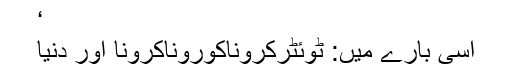
‘
اسی بارے میں: ٹوئٹرکروناکوروناکرونا اور دنیا